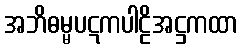
အဘိဓမ္မပဋကပါဠိအဋ္ဌကထာ